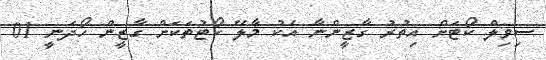
ސިވިލް ކޯޓަށް އިތުރު ގާޒީންނާ އެކު މާލޭ ކޯޓުތަކަށް ގާޒީން ހޯދަނީ 01